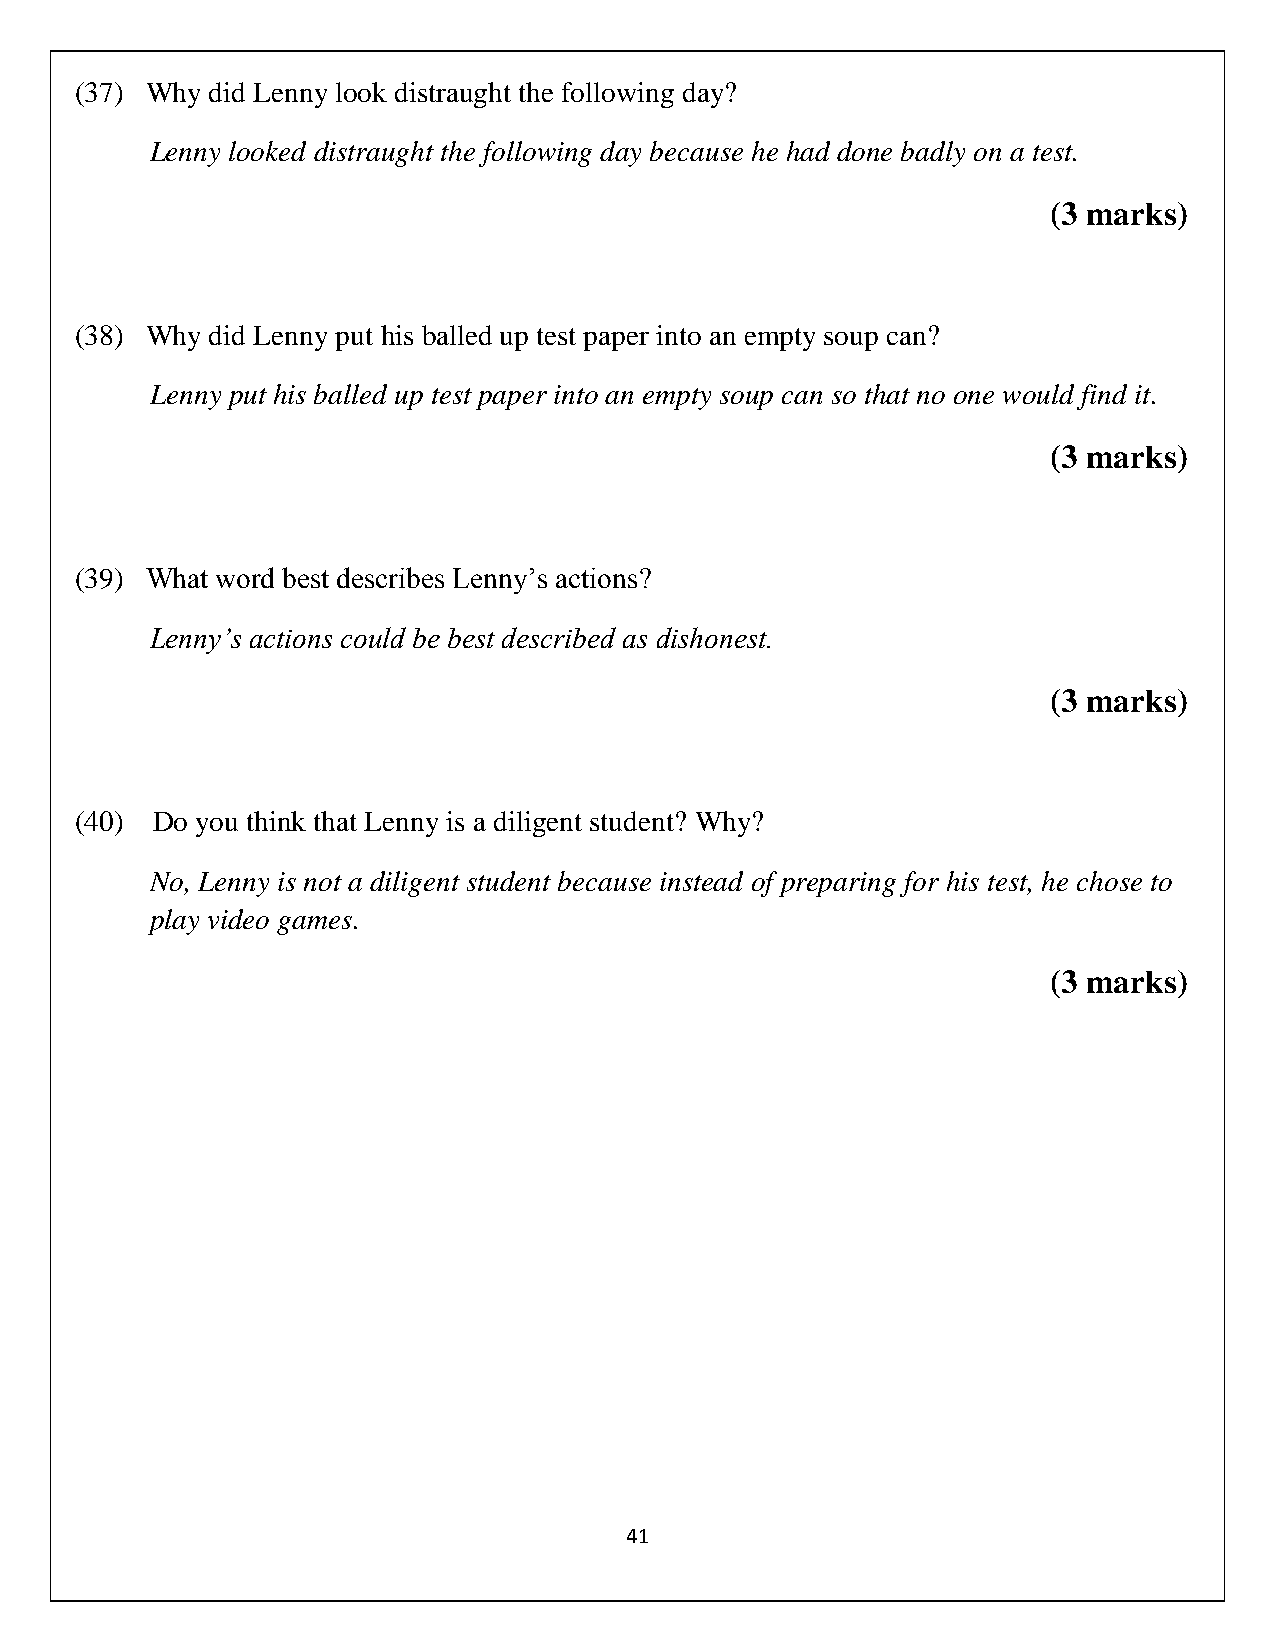
(37) Why did Lenny look distraught the following day?
 Lenny looked distraught the following day because he had done badly on a test.
 (3 marks)
 (38) Why did Lenny put his balled up test paper into an empty soup can?
 Lenny put his balled up test paper into an empty soup can so that no one would find it.
 (3 marks)
 (39) What word best describes Lenny’s actions?
 Lenny’s actions could be best described as dishonest.
 (3 marks)
 (40) Do you think that Lenny is a diligent student? Why?
 No, Lenny is not a diligent student because instead of preparing for his test, he chose to
 play video games.
 (3 marks)
 41